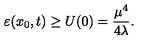
\varepsilon ( x _ { 0 } , t ) \geq U ( 0 ) = \frac { \mu ^ { 4 } } { 4 \lambda } .